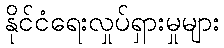
နိုင်ငံရေးလှုပ်ရှားမှုများ